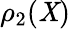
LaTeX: \rho_{2}(\mathit{X})